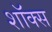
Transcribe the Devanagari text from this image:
शॉक्स